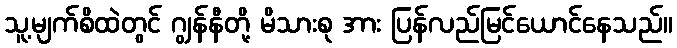
သူ့မျက်စိထဲတွင် ဂျွန်နီတို့ မိသားစု အား ပြန်လည်မြင်ယောင်နေသည်။